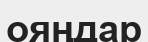
ояңдар